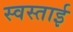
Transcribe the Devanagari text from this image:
स्वस्ताई